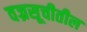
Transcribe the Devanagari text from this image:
वज्रसूचीतील